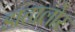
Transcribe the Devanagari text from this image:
डाटालोर